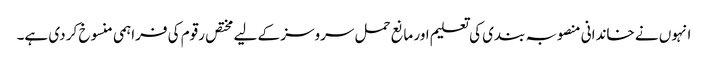
انہوں نے خاندانی منصوبہ بندی کی تعلیم اور مانع حمل سروسز کے لیے مختص رقوم کی فراہمی منسوخ کر دی ہے۔